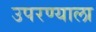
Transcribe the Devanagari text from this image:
उपरण्याला